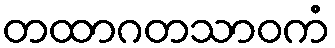
တထာဂတသာဝကံ